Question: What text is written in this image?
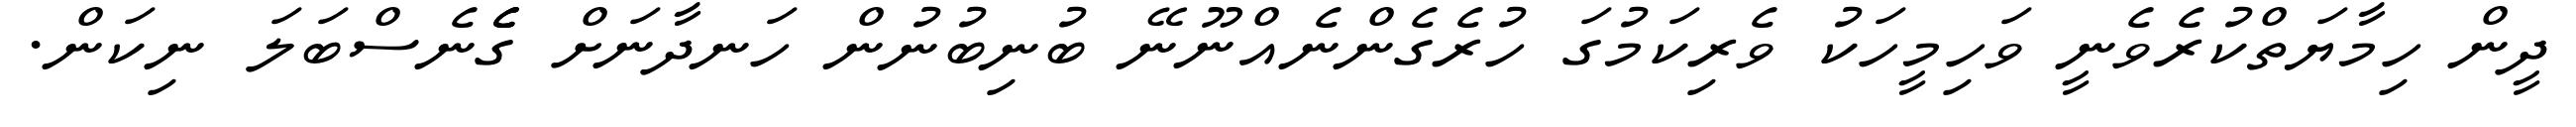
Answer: ދީން ހިމާޔަތްކުރެވެނީ ވަހިމީހަކު ވެރިކަމުގަ ހުރެގެންނެއްނޫނޭ ބުނިބުނުން ހަނދާނަށް ގެެެނެސްބަލަ ނިކަން.